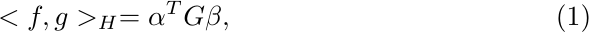
\begin{equation}\label{eq:inner_product_H}
<f,g>_H = \alpha^T G \beta,
\end{equation}